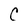
Character: C